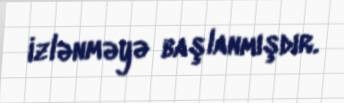
izlənməyə başlanmışdır.